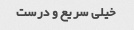
خیلی سریع و درست